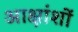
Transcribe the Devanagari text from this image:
आक्षांशों